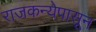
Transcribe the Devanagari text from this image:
राजकन्येपासून